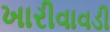
ખારીવાવડી